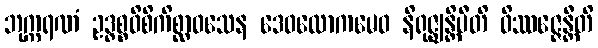
ဘုက္ကရဏံ ဥဒ္ဓစ္စဝိစိကိစ္ဆာဝသေန ဒေဝလောကမေဝ နိရုဇ္ဈန္တိပီတိ ဝိဿဇ္ဇေန္တီတိ